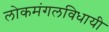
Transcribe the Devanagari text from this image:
लोकमंगलविधायी